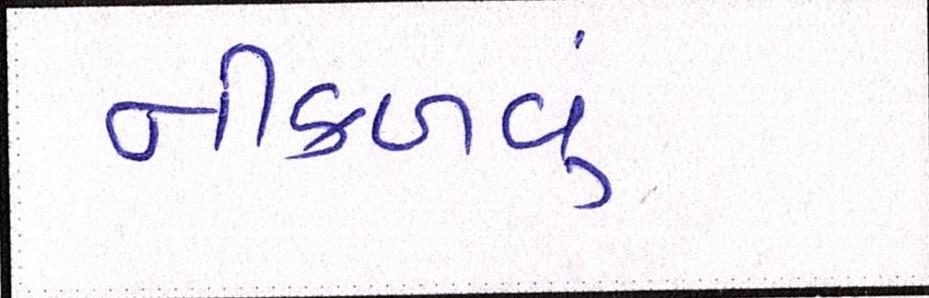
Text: નીકળવું